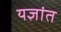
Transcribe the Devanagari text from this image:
यज्ञांत